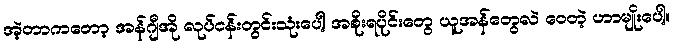
အဲ့တာကတော့ အန်ဂျီအို လုပ်ငန်းတွင်းသုံးပေါ့ အစိုးရပိုင်းတွေ ယူအန်တွေလဲ ဝေတဲ့ ဟာမျိုးပေါ့။